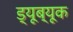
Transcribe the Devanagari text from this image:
ड्यूब्यूक